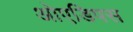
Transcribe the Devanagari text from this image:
ओएडिपस